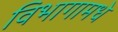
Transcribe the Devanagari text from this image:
विभागामधे